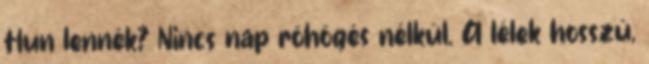
Hun lennék? Nincs nap röhögés nélkül. A lélek hosszú,